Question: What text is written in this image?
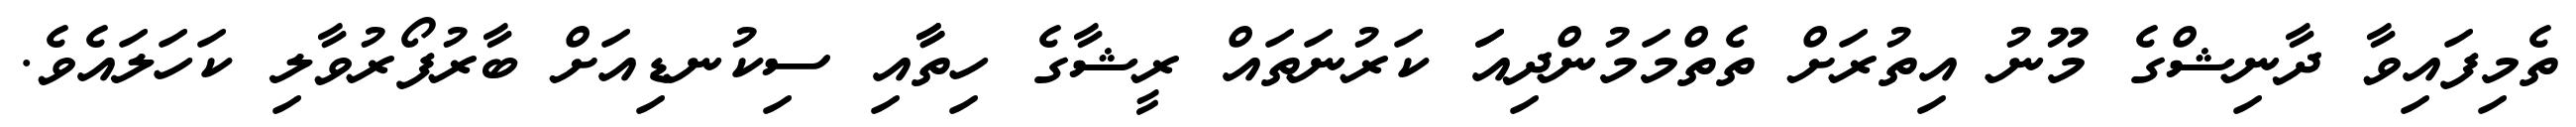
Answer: ތެމިފައިވާ ދާނިޝްގެ މޫނު އިތުރަށް ތެތްމަމުންދިއަަ ކަރުނަތައް ރީޝާގެ ހިތާާއި ސިކުނޑިއަށް ބާރުފޯރުވާލި ކަހަލައެވެ.